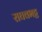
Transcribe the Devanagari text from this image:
राघवभट्ट